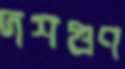
দশগুণ